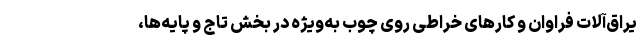
یراق‌آلات فراوان و کارهای خراطی روی چوب به‌ویژه در بخش تاج و پایه‌ها،